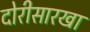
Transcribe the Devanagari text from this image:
दोरीसारखा